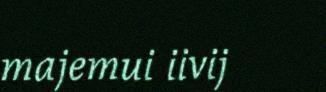
majemui iivij